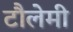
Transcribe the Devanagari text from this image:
टौलेमी